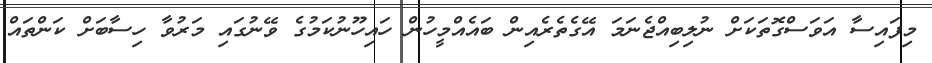
މިފައިސާ އަވަސްގޮތަކަށް ނުލިބިއްޖެނަމަ އޭގެތެރެއިން ބައެއްމީހުން ހައިހޫނުކަމުގެ ވޭނުގައި މަރުވާ ހިސާބަށް ކަންތައް